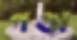
গণ্ডা